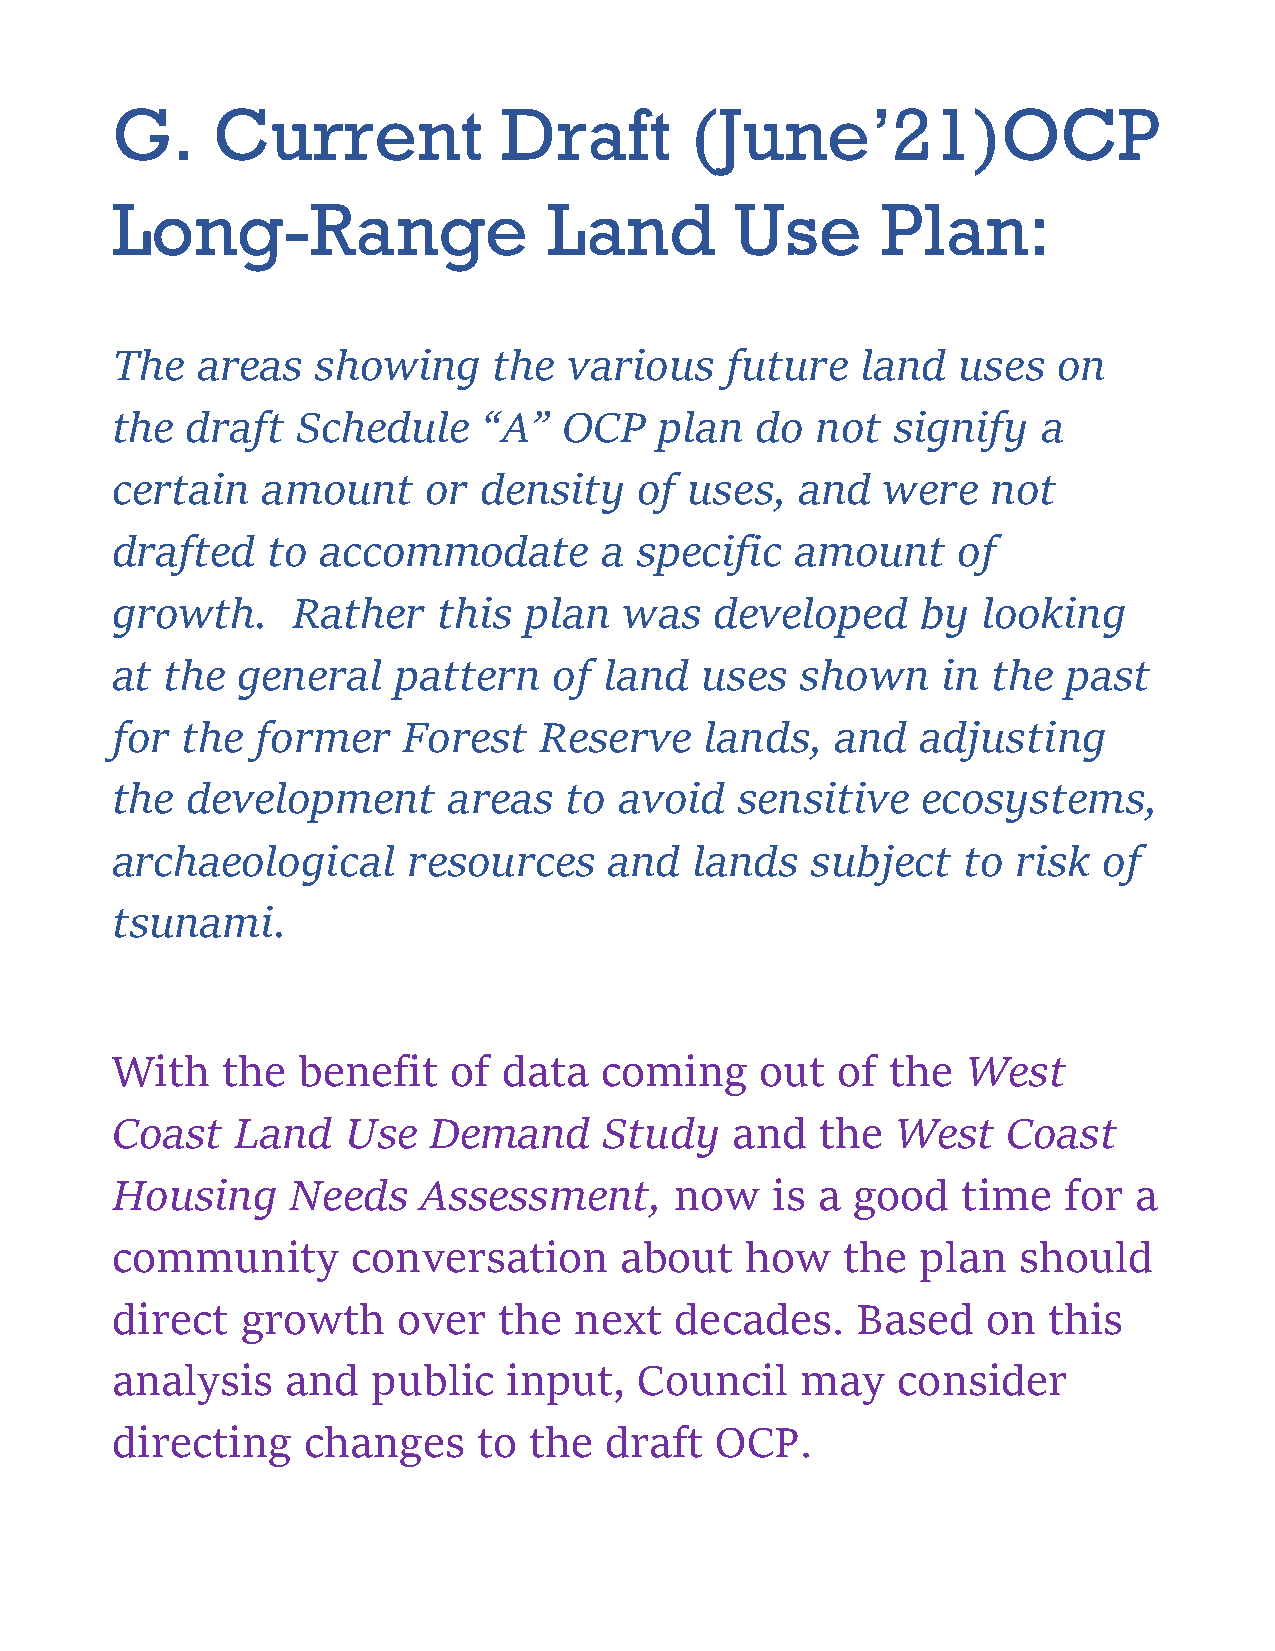
G.     Current            Draft        (June’21)OCP
 Long-Range                   Land         Use      Plan:
 The   areas   showing     the  various   future   land  uses   on
 the  draft   Schedule    “A”  OCP    plan  do  not  signify   a
 certain   amount     or  density   of  uses,  and  were    not
 drafted    to accommodate        a specific   amount    of
 growth.     Rather    this  plan  was   developed     by  looking
 at  the  general   pattern    of land  uses   shown    in  the  past
 for  the  former    Forest   Reserve    lands,  and   adjusting
 the  development       areas  to  avoid   sensitive   ecosystems,
 archaeological      resources    and   lands   subject   to risk  of
 tsunami.
 With    the  benefit   of data   coming    out  of  the  West
 Coast    Land   Use  Demand      Study   and   the  West    Coast
 Housing     Needs    Assessment,      now   is a good    time  for  a
 community       conversation      about   how    the  plan   should
 direct   growth    over   the  next   decades.    Based   on  this
 analysis    and   public   input,  Council    may   consider
 directing    changes     to the  draft  OCP.